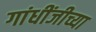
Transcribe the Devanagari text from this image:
गांधींजीच्या